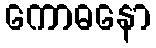
ကောဓနော